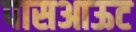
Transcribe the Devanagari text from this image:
पासआऊट